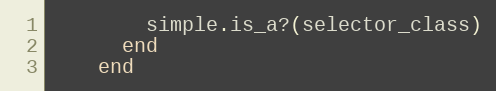
Language: Ruby
        simple.is_a?(selector_class)
      end
    end